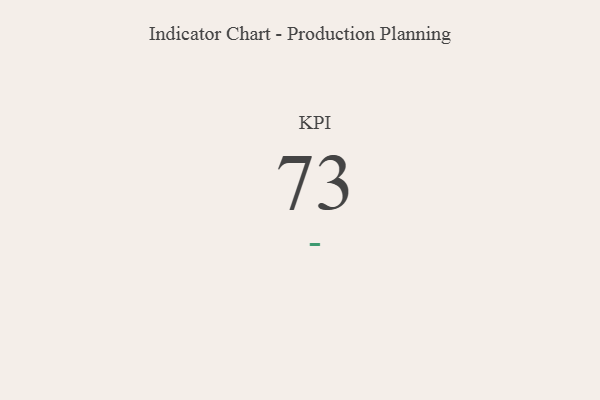
{"axis": {"x": "KPI", "y": "Value"}, "legend": [""], "data": [{"x": "KPI", "y": 73, "type": ""}]}